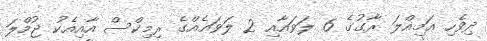
ދިވެހި އަމިއްލަ ރާގުގެ 6 ލަވައާއި 2 ލަވައެއްގެ ރިމިކްސް އާއިއެކު ޖުމްލަ